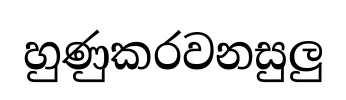
හුණුකරවනසුලු